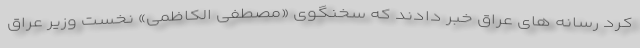
کرد رسانه های عراق خبر دادند که سخنگوی «مصطفی الکاظمی» نخست وزیر عراق